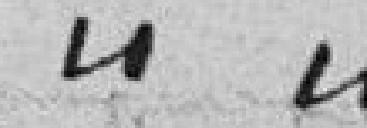
" "